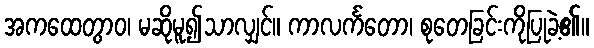
အကထေတွာဝ၊ မဆိုမူ၍သာလျှင်။ ကာလင်္ကတော၊ စုတေခြင်းကိုပြုခဲ့၏။